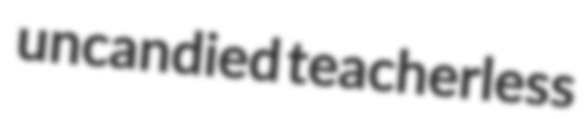
uncandied teacherless